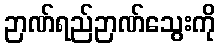
ဉာဏ်ရည်ဉာဏ်သွေးကို